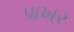
પાખર